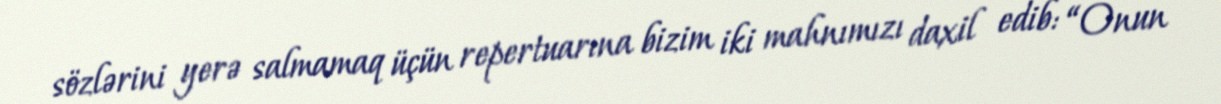
sözlərini yerə salmamaq üçün repertuarına bizim iki mahnımızı daxil edib: “Onun